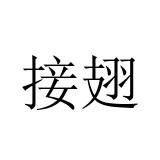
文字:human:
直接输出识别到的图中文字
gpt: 接翅